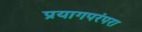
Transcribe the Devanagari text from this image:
प्रयागपरंपरा